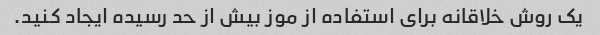
یک روش خلاقانه برای استفاده از موز بیش از حد رسیده ایجاد کنید.